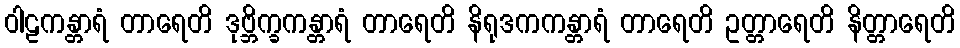
ဝါဠကန္တာရံ တာရေတိ ဒုဗ္ဘိက္ခကန္တာရံ တာရေတိ နိရုဒကကန္တာရံ တာရေတိ ဥတ္တာရေတိ နိတ္တာရေတိ